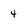
Character: 4